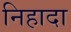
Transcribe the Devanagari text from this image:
निहादा